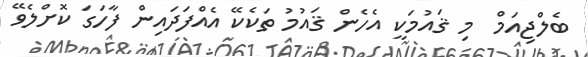
ބެލްޖިއަމް  މި ޤައުމަކީ އެހެން ޤައުމު ތަކެކޭ އެއްފަދައިން ފާހަގަ ކޮށްލެވޭ